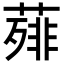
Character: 𦻰